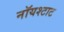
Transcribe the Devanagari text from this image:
नॉयश्टाट